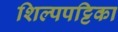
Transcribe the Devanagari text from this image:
शिल्पपट्टिका